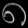
Digit: ၈